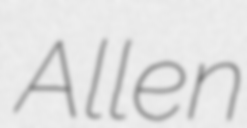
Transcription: Allen